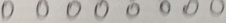
0 0 0 0 0 0 0 0